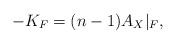
LaTeX: \begin{align*}-K_F=(n-1)A_X\vert_F,\end{align*}